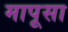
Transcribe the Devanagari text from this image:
मापूसा